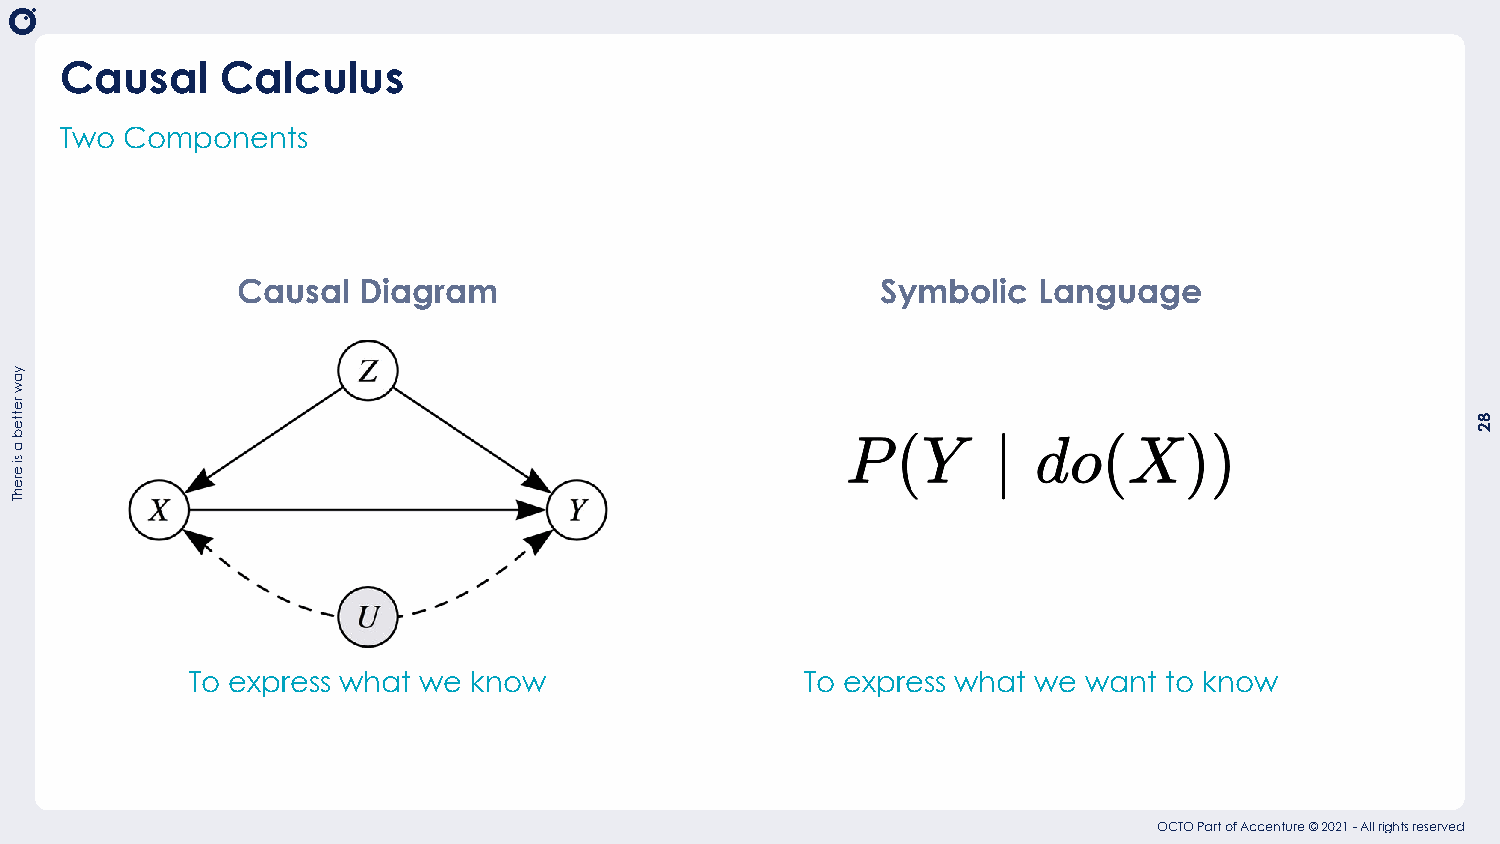
Causal     Calculus
 Two Components
 Causal  Diagram                           Symbolic   Language
 To express what we know                 To express what we want to know
 OCTO Part of Accenture © 2021 - All rights reserved
 yaw
 retteb
 a
 si
 erehT
 82